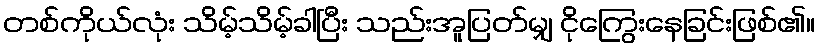
တစ်ကိုယ်လုံး သိမ့်သိမ့်ခါပြီး သည်းအူပြတ်မျှ ငိုကြွေးနေခြင်းဖြစ်၏။